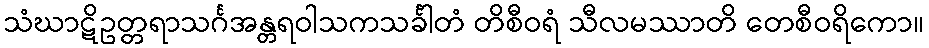
သံဃာဋိဥတ္တရာသင်္ဂအန္တရဝါသကသင်္ခါတံ တိစီဝရံ သီလမဿာတိ တေစီဝရိကော။